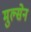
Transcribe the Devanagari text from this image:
मुल्सेन